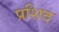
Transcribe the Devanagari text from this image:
प्रशिद